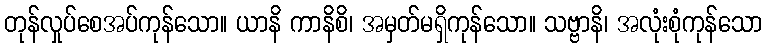
တုန်လှုပ်စေအပ်ကုန်သော။ ယာနိ ကာနိစိ၊ အမှတ်မရှိကုန်သော။ သဗ္ဗာနိ၊ အလုံးစုံကုန်သော